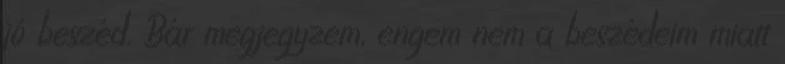
jó beszéd. Bár megjegyzem, engem nem a beszédeim miatt